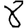
Digit: 8